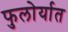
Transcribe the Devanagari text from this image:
फुलोर्यात